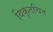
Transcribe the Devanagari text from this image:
विकृतचित